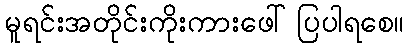
မူရင်းအတိုင်းကိုးကားဖေါ်ပြပါရစေ။